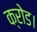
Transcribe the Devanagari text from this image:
क्रोड।